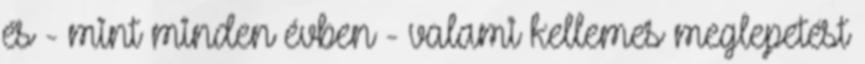
és - mint minden évben - valami kellemes meglepetést